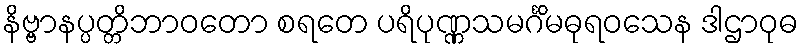
နိဗ္ဗာနပ္ပတ္တိဘာဝတော စရတေ ပရိပုဏ္ဏသမင်္ဂိမဓုရဝသေန ဒါဌာဝုဓ